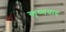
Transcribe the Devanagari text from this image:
कृष्णवाद